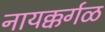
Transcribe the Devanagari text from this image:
नायक्कर्गळ